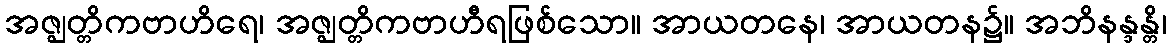
အဇ္ဈတ္တိကဗာဟိရေ၊ အဇ္ဈတ္တိကဗာဟီရဖြစ်သော။ အာယတနေ၊ အာယတန၌။ အဘိနန္ဒန္တိ၊